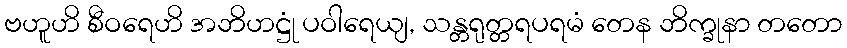
ဗဟူဟိ စီဝရေဟိ အဘိဟဋ္ဌုံ ပဝါရေယျ, သန္တရုတ္တရပရမံ တေန ဘိက္ခုနာ တတော